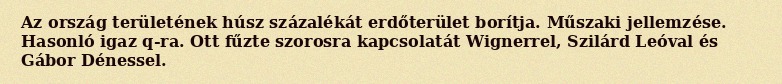
Az ország területének húsz százalékát erdőterület borítja. Műszaki jellemzése. Hasonló igaz q-ra. Ott fűzte szorosra kapcsolatát Wignerrel, Szilárd Leóval és Gábor Dénessel.